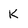
Character: K